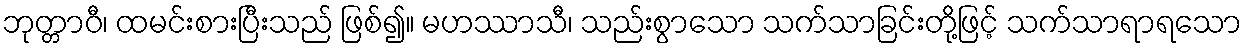
ဘုတ္တာဝီ၊ ထမင်းစားပြီးသည် ဖြစ်၍။ မဟဿာသီ၊ သည်းစွာသော သက်သာခြင်းတို့ဖြင့် သက်သာရာရသော